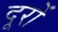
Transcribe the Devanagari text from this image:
दूरों